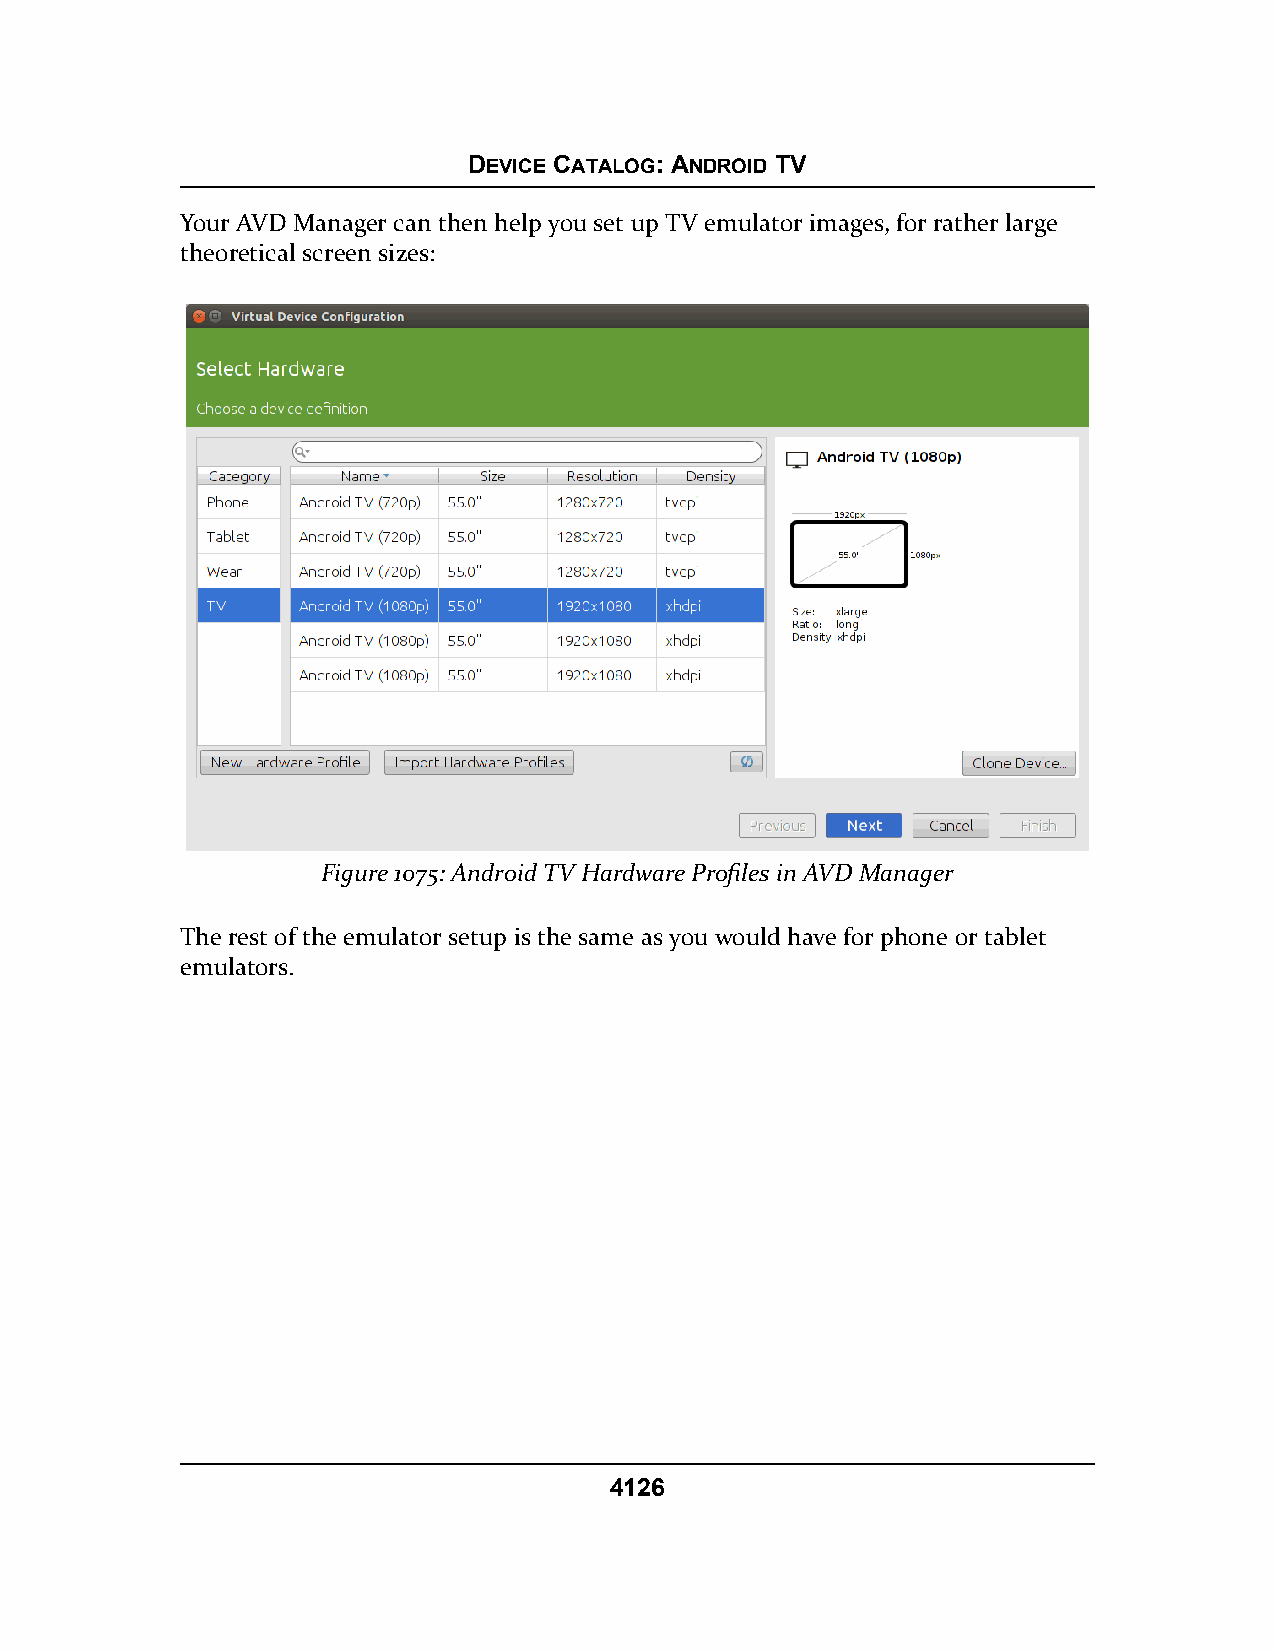
DEVICE CATALOG: ANDROID TV
 Your AVD Manager can then help you set up TV emulator images, for rather large
 theoretical screen sizes:
 Figure 1075: Android TV Hardware Profiles in AVD Manager
 The rest of the emulator setup is the same as you would have for phone or tablet
 emulators.
 4126